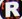
R